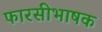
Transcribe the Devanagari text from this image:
फारसीभाषक